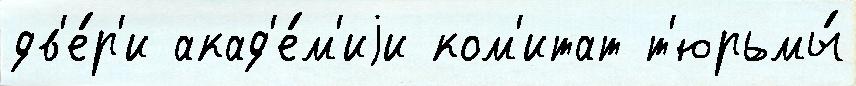
дв'е́р'и акад'е́м'иjи ком'итат т'юрьмы́